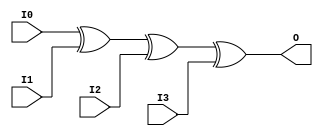
// This program was cloned from: https://github.com/jhshi/openofdm
// License: Apache License 2.0

// $Header: /devl/xcs/repo/env/Databases/CAEInterfaces/verunilibs/data/unisims/XOR4.v,v 1.6 2007/05/23 21:43:44 patrickp Exp $
///////////////////////////////////////////////////////////////////////////////
// Copyright (c) 1995/2004 Xilinx, Inc.
// All Right Reserved.
///////////////////////////////////////////////////////////////////////////////
//   ____  ____
//  /   /\/   /
// /___/  \  /    Vendor : Xilinx
// \   \   \/     Version : 10.1
//  \   \         Description : Xilinx Functional Simulation Library Component
//  /   /                  4-input XOR Gate
// /___/   /\     Filename : XOR4.v
// \   \  /  \    Timestamp : Thu Mar 25 16:43:42 PST 2004
//  \___\/\___\
//
// Revision:
//    03/23/04 - Initial version.
//    05/23/07 - Changed timescale to 1 ps / 1 ps.

`timescale  1 ps / 1 ps


module XOR4 (O, I0, I1, I2, I3);

    output O;

    input  I0, I1, I2, I3;

	xor X1 (O, I0, I1, I2, I3);


endmodule